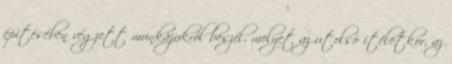
építésében végzett munkájukról beszél, melyet az utolsó ítéletkor, az